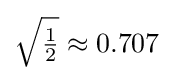
{\sqrt {\tfrac {1}{2}}}\approx 0.707